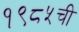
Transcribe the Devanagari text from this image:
१९८५ची